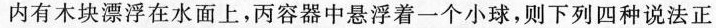
内有木块漂浮在水面上，丙容器中悬浮着一个小球，则下列四种说法正